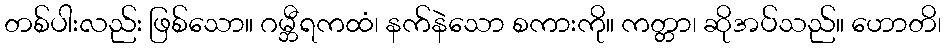
တစ်ပါးလည်း ဖြစ်သော။ ဂမ္ဘီရကထံ၊ နက်နဲသော စကားကို။ ကတ္တာ၊ ဆိုအပ်သည်။ ဟောတိ၊